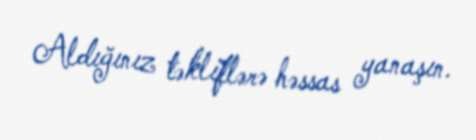
Aldığınız təkliflərə həssas yanaşın.